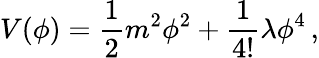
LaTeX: V(\phi)=\frac 12m^{2}\phi^{2}+\frac 1{4!}\lambda\phi^{4}\, ,